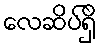
လေဆိပ်ရှိ